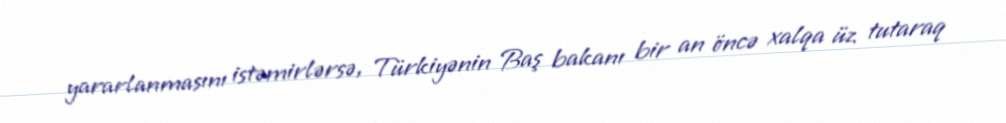
yararlanmasını istəmirlərsə, Türkiyənin Baş bakanı bir an öncə xalqa üz tutaraq